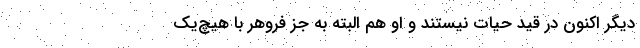
دیگر اکنون در قید حیات نیستند و او هم البته به جز فروهر با هیچ‌یک